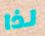
لذا